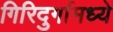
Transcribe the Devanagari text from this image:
गिरिदुर्गामध्ये